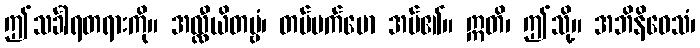
ဤသင်္ခါရတရားကို။ အလ္လီယိတဗ္ဗံ၊ တပ်မက်မော အပ်၏။ ဣတိ၊ ဤသို့။ အဘိနိဝေသံ၊